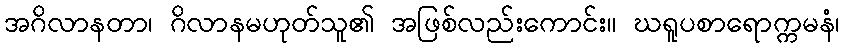
အဂိလာနတာ၊ ဂိလာနမဟုတ်သူ၏ အဖြစ်လည်းကောင်း။ ဃရူပစာရောက္ကမနံ၊